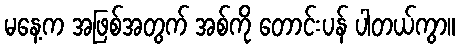
မနေ့က အဖြစ်အတွက် အစ်ကို တောင်းပန် ပါတယ်ကွာ။